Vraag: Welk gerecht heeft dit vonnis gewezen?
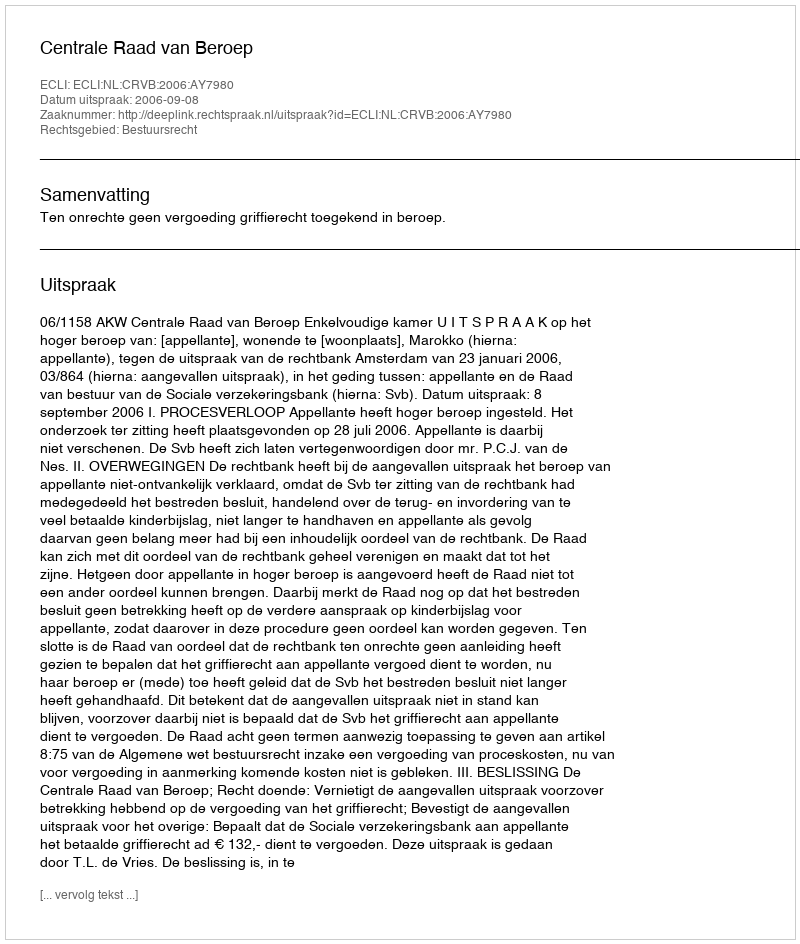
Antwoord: Centrale Raad van Beroep